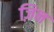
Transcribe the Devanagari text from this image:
ज़िन